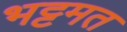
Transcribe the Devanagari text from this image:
भट्टमत